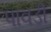
પાવડી